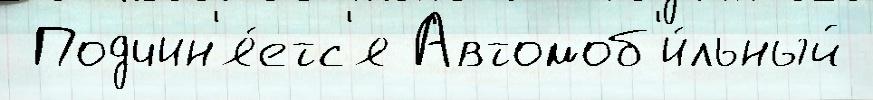
 Подчин'я́етс'я Автомоб'и́льный